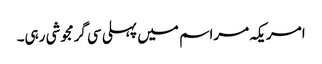
امریکہ مراسم میں پہلی سی گرمجوشی رہی۔